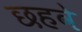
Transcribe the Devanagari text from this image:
छहवे